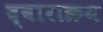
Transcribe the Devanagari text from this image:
द्वाराक्रय